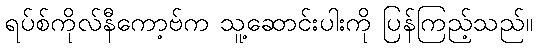
ရပ်စ်ကိုလ်နီကော့ဗ်က သူ့ဆောင်းပါးကို ပြန်ကြည့်သည်။